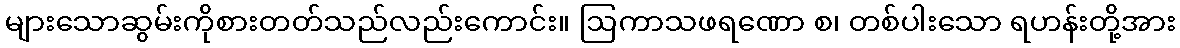
များသောဆွမ်းကိုစားတတ်သည်လည်းကောင်း။ ဩကာသဖရဏော စ၊ တစ်ပါးသော ရဟန်းတို့အား